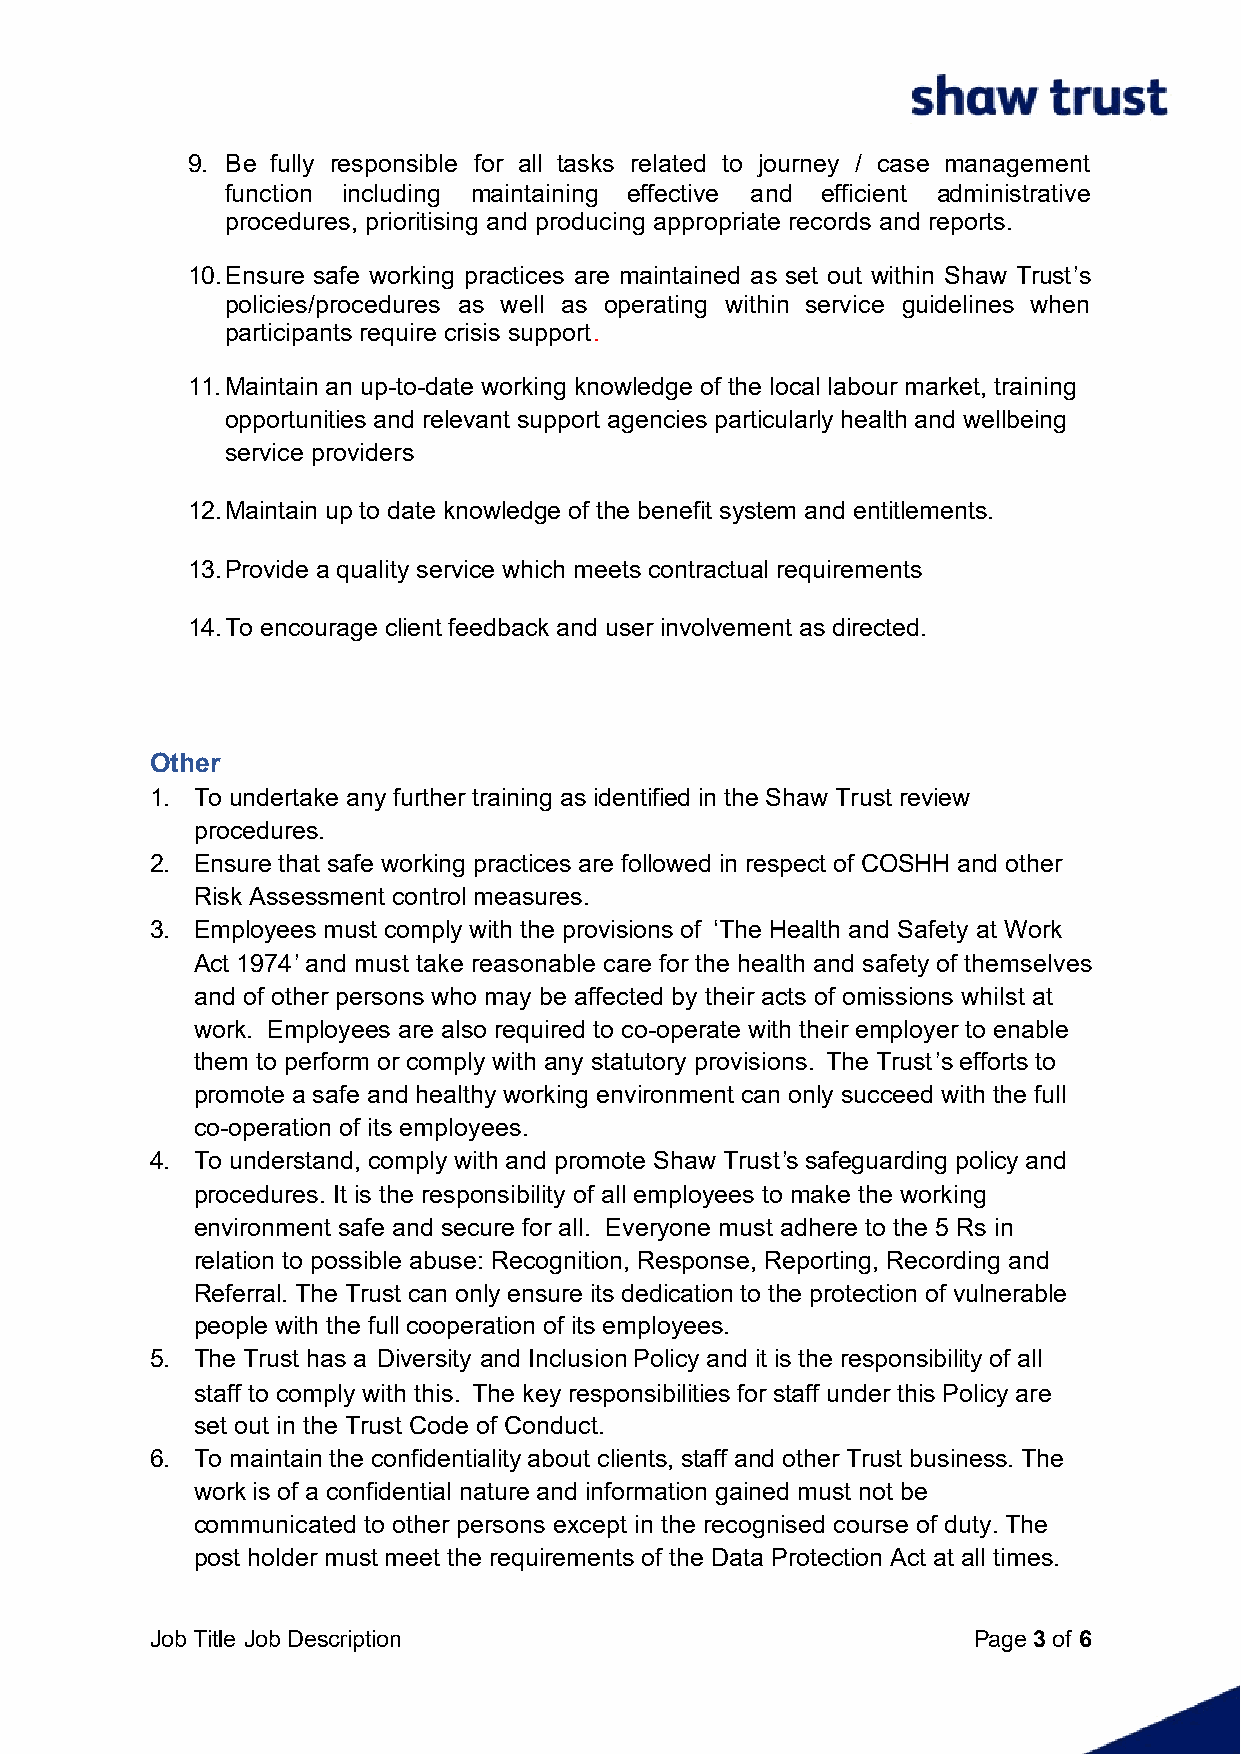
9. Be fully responsible for all tasks related to journey / case management
 function including maintaining effective and efficient administrative
 procedures, prioritising and producing appropriate records and reports.
 10.Ensure safe working practices are maintained as set out within Shaw Trust’s
 policies/procedures as well as operating within service guidelines when
 participants require crisis support.
 11.Maintain an up-to-date working knowledge of the local labour market, training
 opportunities and relevant support agencies particularly health and wellbeing
 service providers
 12.Maintain up to date knowledge of the benefit system and entitlements.
 13.Provide a quality service which meets contractual requirements
 14.To encourage client feedback and user involvement as directed.
 Other
 1. To undertake any further training as identified in the Shaw Trust review
 procedures.
 2. Ensure that safe working practices are followed in respect of COSHH and other
 Risk Assessment control measures.
 3. Employees must comply with the provisions of ‘The Health and Safety at Work
 Act 1974’ and must take reasonable care for the health and safety of themselves
 and of other persons who may be affected by their acts of omissions whilst at
 work. Employees are also required to co-operate with their employer to enable
 them to perform or comply with any statutory provisions. The Trust’s efforts to
 promote a safe and healthy working environment can only succeed with the full
 co-operation of its employees.
 4. To understand, comply with and promote Shaw Trust’s safeguarding policy and
 procedures. It is the responsibility of all employees to make the working
 environment safe and secure for all. Everyone must adhere to the 5 Rs in
 relation to possible abuse: Recognition, Response, Reporting, Recording and
 Referral. The Trust can only ensure its dedication to the protection of vulnerable
 people with the full cooperation of its employees.
 5. The Trust has a Diversity and Inclusion Policy and it is the responsibility of all
 staff to comply with this. The key responsibilities for staff under this Policy are
 set out in the Trust Code of Conduct.
 6. To maintain the confidentiality about clients, staff and other Trust business. The
 work is of a confidential nature and information gained must not be
 communicated to other persons except in the recognised course of duty. The
 post holder must meet the requirements of the Data Protection Act at all times.
 Job Title Job Description                             Page 3 of 6